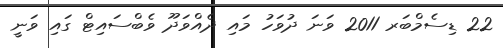
22 ޑިސެމްބަރ 2011 ވަނަ ދުވަހު މައި ދެއްވަދޫ ވެބްސައިޓް ގައި ވަނީ